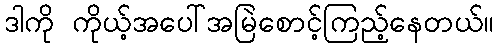
ဒါကို ကိုယ့်အပေါ်အမြဲစောင့်ကြည့်နေတယ်။